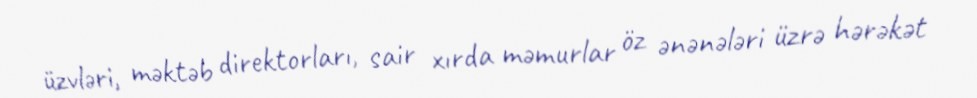
üzvləri, məktəb direktorları, sair xırda məmurlar öz ənənələri üzrə hərəkət